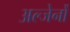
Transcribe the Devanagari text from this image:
अल्जेर्नों